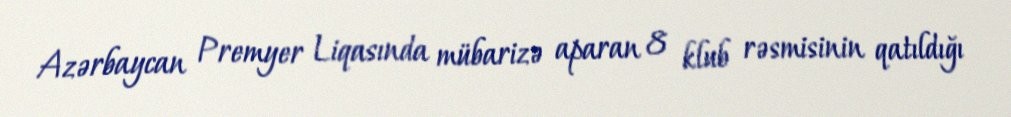
Azərbaycan Premyer Liqasında mübarizə aparan 8 klub rəsmisinin qatıldığı